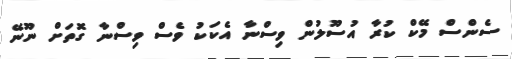
ސެންސް މޭކް ކުރާ އުސޫލުން ވިސްނާ އެކަކު ވެސް ވިސްނާ ގޮތަށް ނޫނޭ